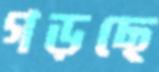
গড়ছে